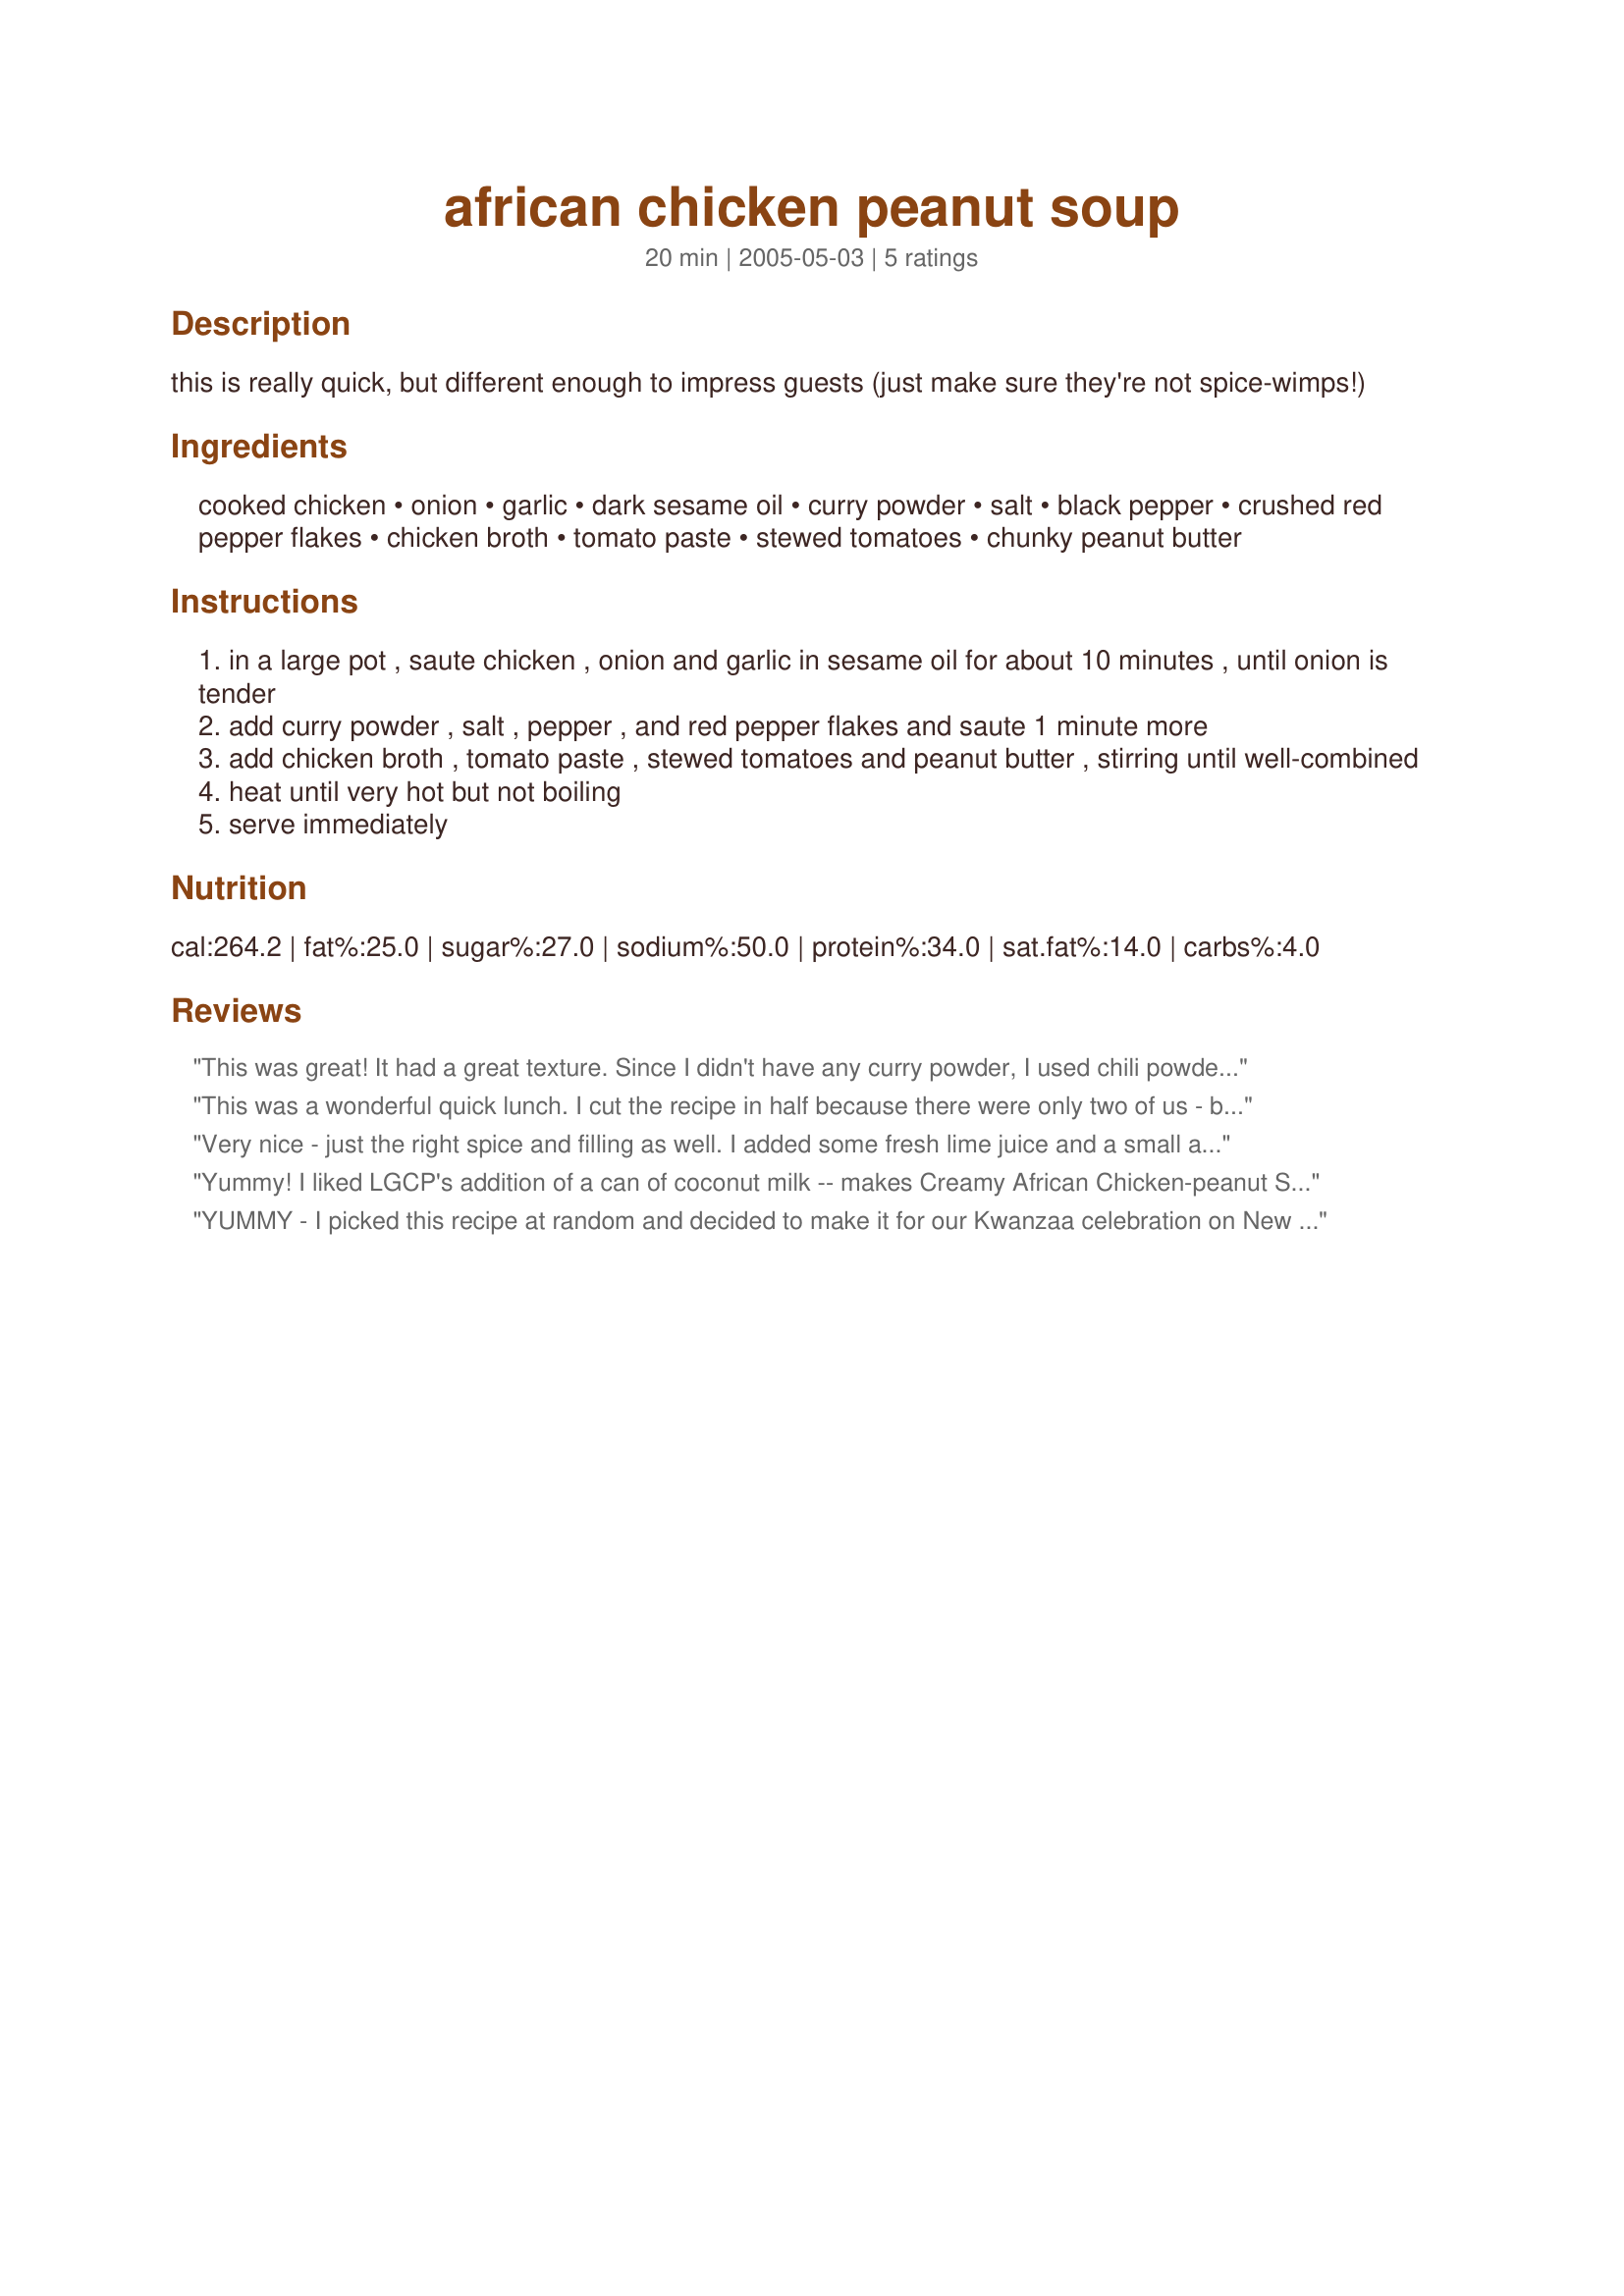
african chicken peanut soup
Preparation time: 20 minutes

this is really quick, but different enough to impress guests (just make sure they're not spice-wimps!)

Ingredients:
cooked chicken, onion, garlic, dark sesame oil, curry powder, salt, black pepper, crushed red pepper flakes, chicken broth, tomato paste, stewed tomatoes, chunky peanut butter

Steps:
in a large pot , saute chicken , onion and garlic in sesame oil for about 10 minutes , until onion is tender
add curry powder , salt , pepper , and red pepper flakes and saute 1 minute more
add chicken broth , tomato paste , stewed tomatoes and peanut butter , stirring until well-combined
heat until very hot but not boiling
serve immediately

Reviews:
This was great! It had a great texture. Since I didn't have any curry powder, I used chili powder instead. I also didn't have any chunky PB, so I used crushed up peanuts to garnish on top of the soup. Wonderful, will use again in the future!
This was a wonderful quick lunch. I cut the recipe in half because there were only two of us - big mistake, we wanted MORE!! The only substitution I had to make was creamy peanut butter rather than chunky - its all I had. I can see that chunky would have made the texture even better. We really loved it and I will definitely be making this again.
Very nice - just the right spice and filling as well. I added some fresh lime juice and a small amount of cilantro
Yummy! I liked LGCP's addition of a can of coconut milk -- makes Creamy African Chicken-peanut Soup. Fast, easy, and delicious. Moderatelly spicy -- "two peppers out of five." Minor issue is recipe asks for 1 cup of diced cooked chicken but then asks you to saute the chicken. Fresh chicken saut?ed for 10 minutes is cooked enough.
YUMMY - I picked this recipe at random and decided to make it for our Kwanzaa celebration on New Years day, 2011. OMG! OMG! of all the food we had at the celebration -( and there was a lot) my soup was a family hit! I did not have tomato paste, so I used a little flour and water for thickening, one can of light coconut milk and a few extra heaping tablespoons of peanut butter.<br/><br/>This recipe will move into my top ten!
